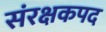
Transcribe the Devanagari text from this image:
संरक्षकपद